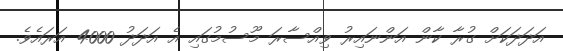
އަދަދަކަށް ގުރާ ކާން އަންނައިރު ވިއްސާރަ މޫސުމުގައި އެ އަދަދު 4000 އަރައެވެ.